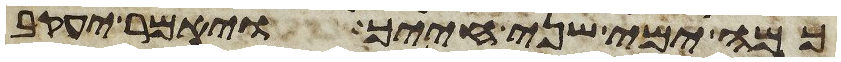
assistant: כמה ימי שני חייך ויאמר יעקב